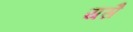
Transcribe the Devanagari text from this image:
यसै